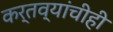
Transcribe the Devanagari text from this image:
कर्तव्यांचीही